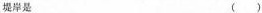
堤岸 是（）